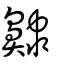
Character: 齂